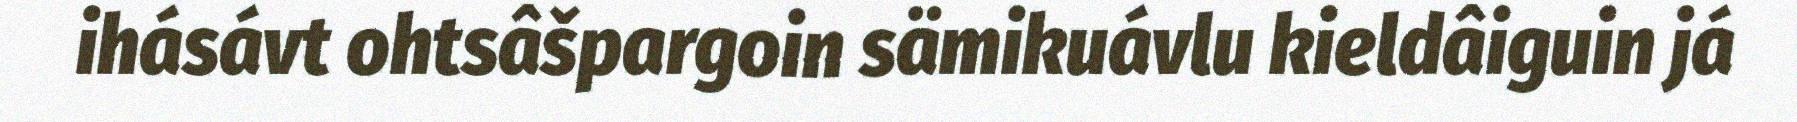
ihásávt ohtsâšpargoin sämikuávlu kieldâiguin já